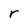
Character: r